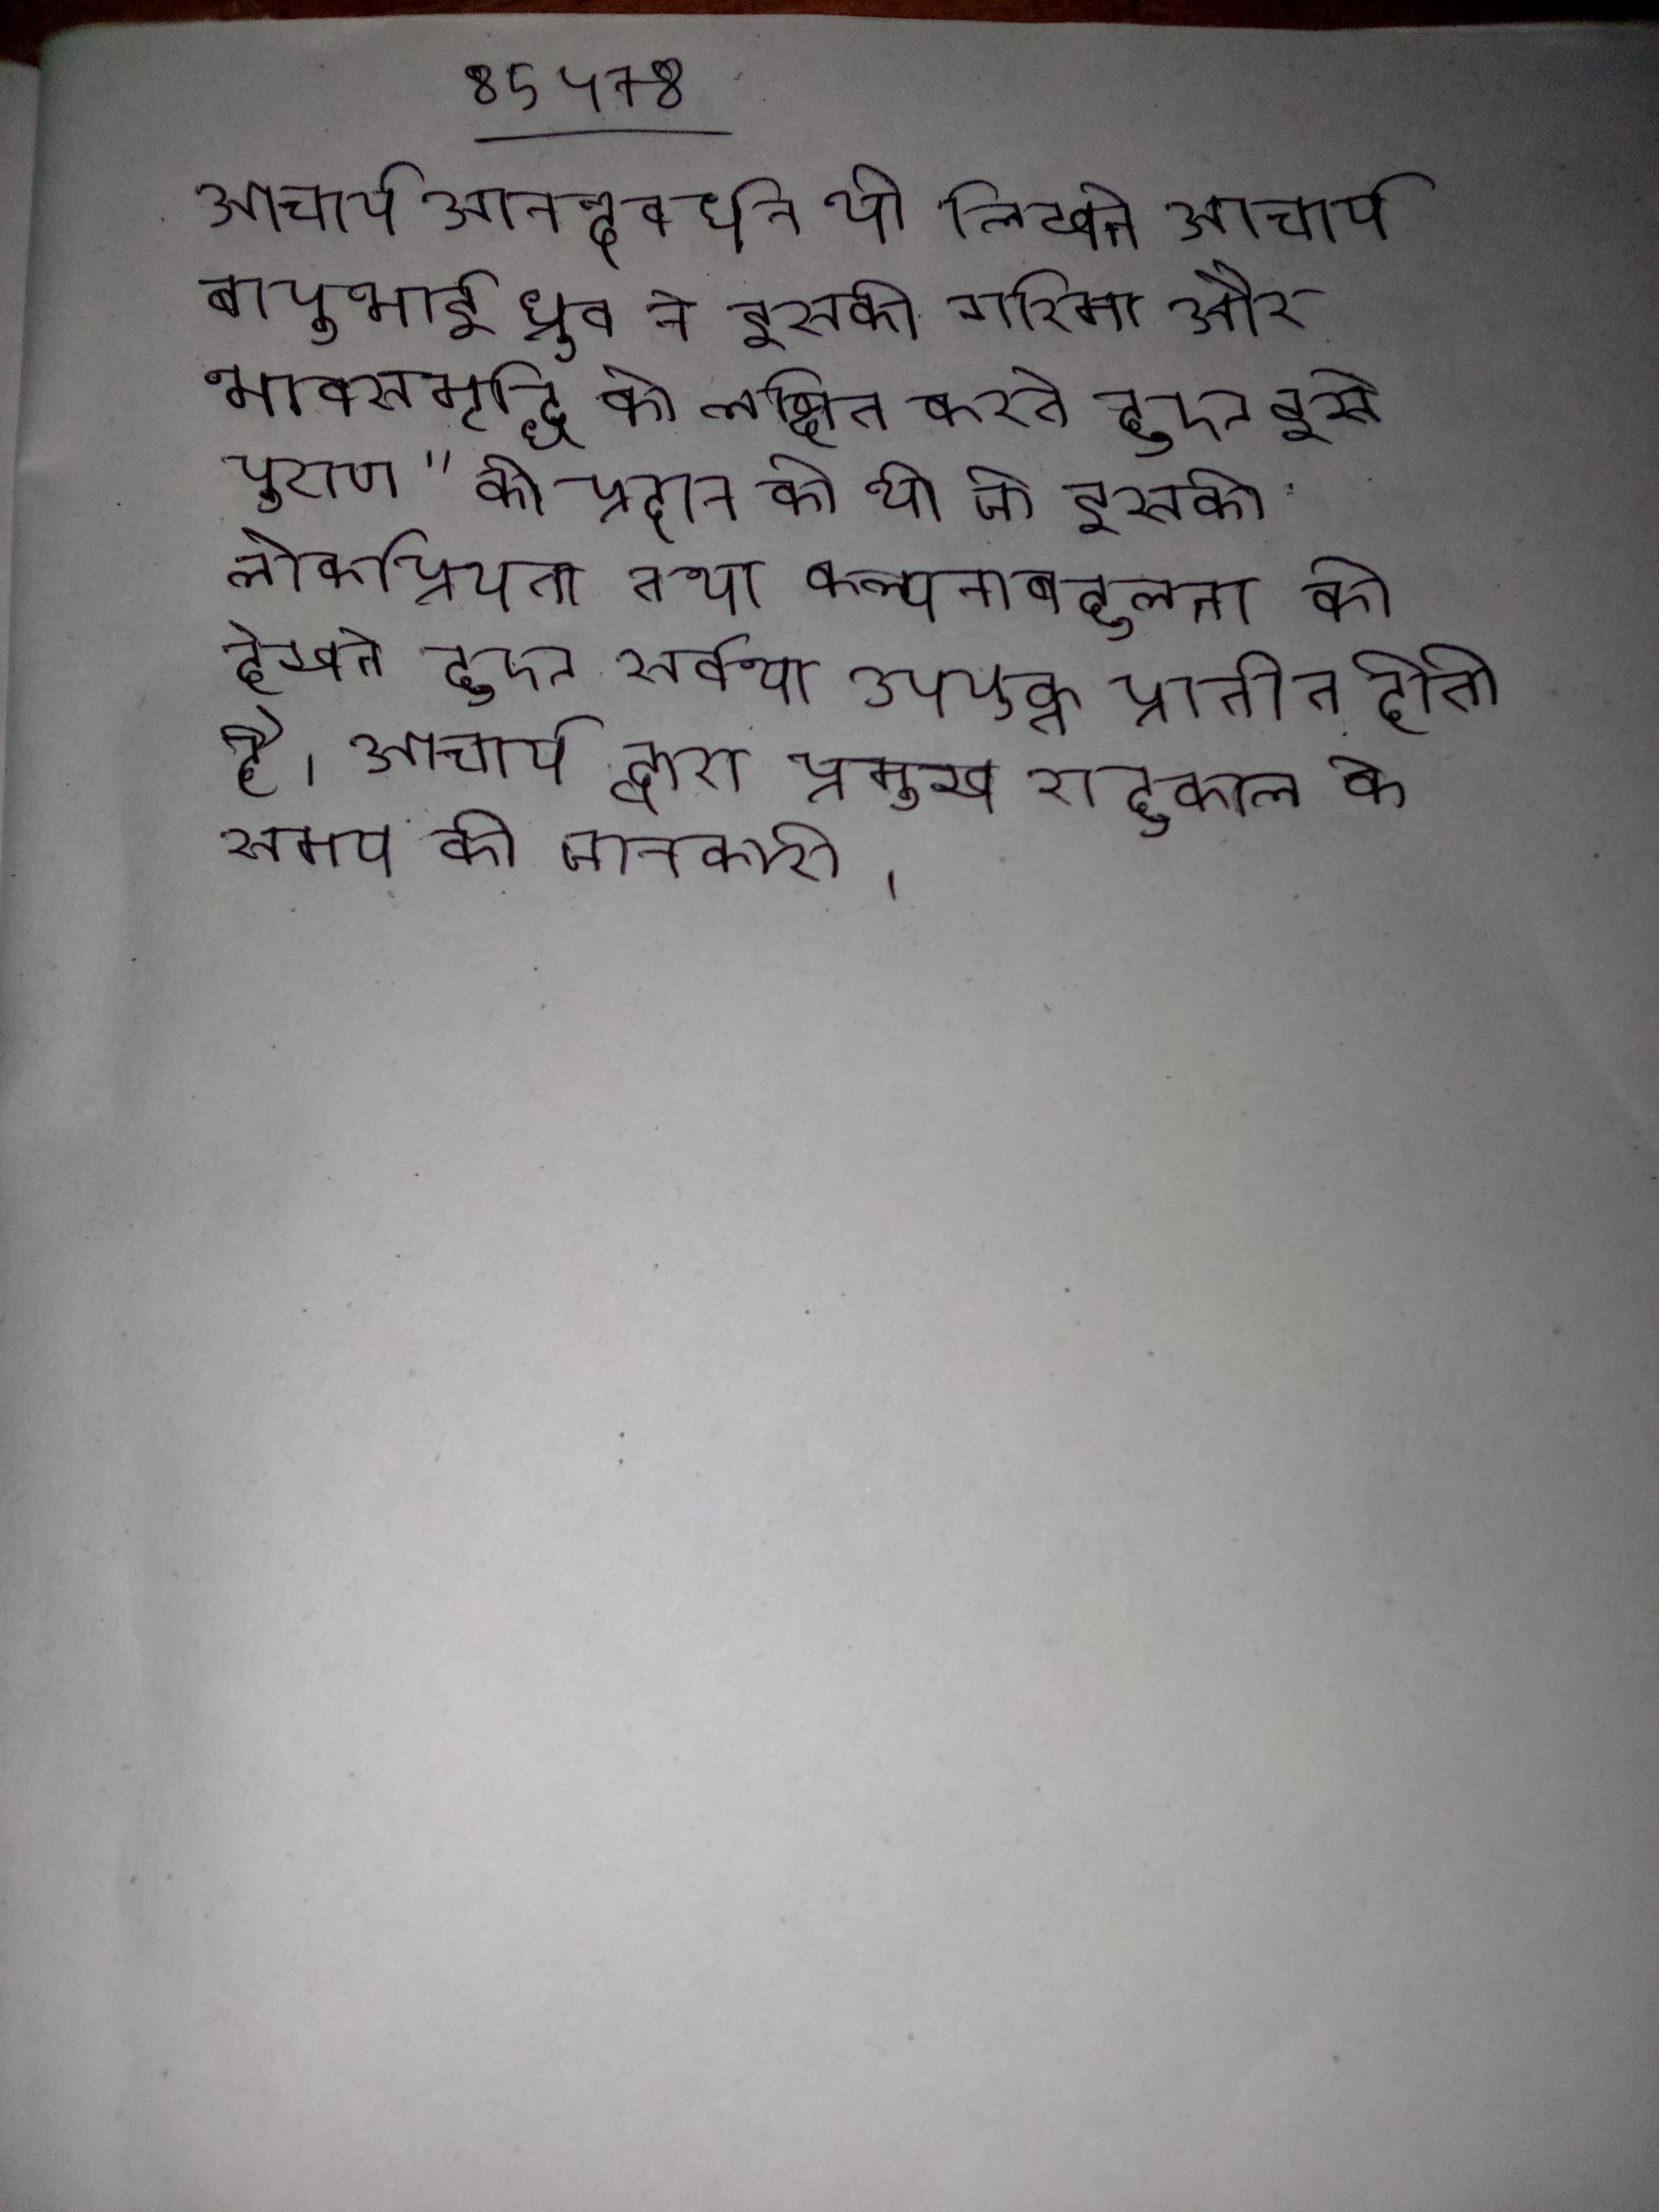
आचार्य आनन्दवर्धन भी लिखते आचार्य बापूभाई ध्रुव ने इसकी गरिमा और भावसमृद्धि को लक्षित करते हुए इसे पुराण" की प्रदान की थी जो इसकी लोकप्रियता तथा कल्पनाबहुलता को देखते हुए सर्वथा उपयुक्त प्रतीत होती है । आचार्य द्वारा प्रमुख राहुकाल के समय की जानकारी ।